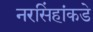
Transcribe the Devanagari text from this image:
नरसिंहांकडे